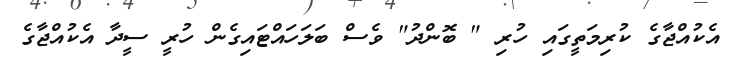
އެކުއްޖާގެ ކުރިމަތީގައި ހުރި " ބޮންދު" ވެސް ބަލަހައްޓައިގެން ހުރީ ސީދާ އެކުއްޖާގެ